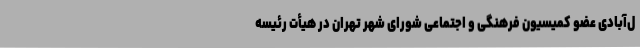
ل‌آبادی عضو کمیسیون فرهنگی و اجتماعی شورای شهر تهران در هیأت رئیسه